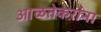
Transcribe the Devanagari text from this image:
आळतेकरांना